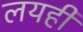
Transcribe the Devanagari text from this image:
लयही